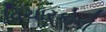
વિચારકોનો